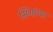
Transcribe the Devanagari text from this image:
सिंगांच्या